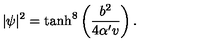
\vert \psi \vert ^ { 2 } = \tanh ^ { 8 } \left( \frac { b ^ { 2 } } { 4 \alpha ^ { \prime } v } \right) .